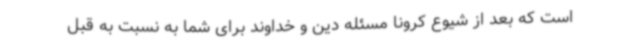
است که بعد از شیوع کرونا مسئله دین و خداوند برای شما به نسبت به قبل